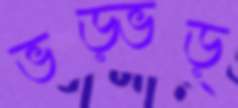
ভড়্‌ভড়্